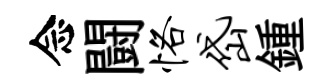
念闘恪岱鍾